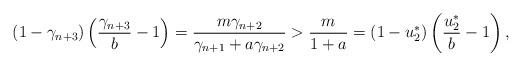
LaTeX: \begin{align*} &(1-\gamma_{n+3})\left(\displaystyle\frac{\gamma_{n+3}}{b}-1\right)=\displaystyle\frac{m\gamma_{n+2}}{\gamma_{n+1}+a\gamma_{n+2}}>\displaystyle\frac{m}{1+a}=(1-u_2^*)\left(\displaystyle\frac{u_2^*}{b}-1\right),\end{align*}